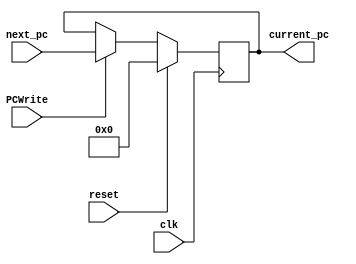
module PC (input reset,
            input clk,
            input PCWrite,
            input [31:0] next_pc,
            output reg [31:0] current_pc);
  
  always @(posedge clk) begin
    if(reset) begin
        current_pc <= 0;
    end
    
    else if(PCWrite) begin
        current_pc <= next_pc;
    end
   
    else begin
    end
  end
endmodule